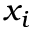
x _ { i }